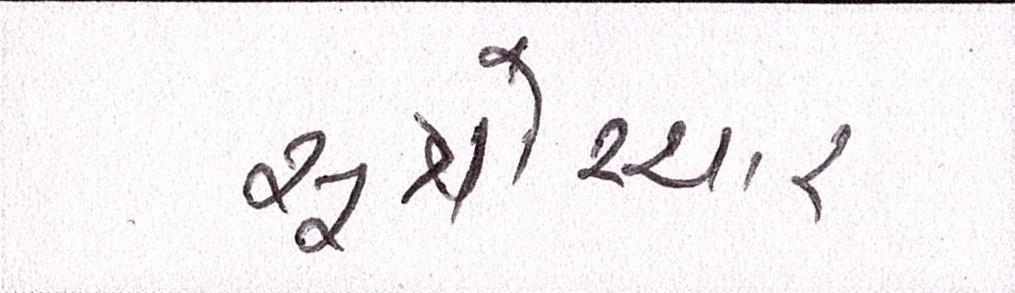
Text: સૂત્રોચ્ચાર